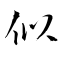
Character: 似